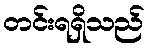
တင်းရရှိသည်